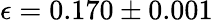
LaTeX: \epsilon=0.170\pm 0.001